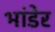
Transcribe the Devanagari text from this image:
भांडेर